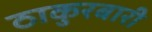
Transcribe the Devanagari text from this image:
ठाकुरबारी